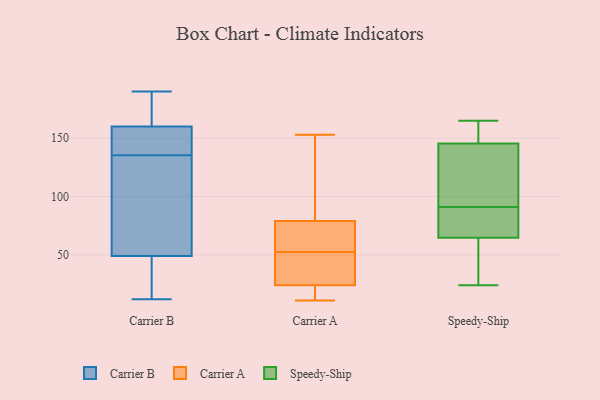
{"axis": {"x": "Budget (USD K)", "y": "Value"}, "legend": ["Carrier A", "Carrier B", "Speedy-Ship"], "data": [{"x": "", "y": 114, "type": "Carrier B"}, {"x": "", "y": 29, "type": "Carrier B"}, {"x": "", "y": 34, "type": "Carrier B"}, {"x": "", "y": 160, "type": "Carrier B"}, {"x": "", "y": 129, "type": "Carrier B"}, {"x": "", "y": 172, "type": "Carrier B"}, {"x": "", "y": 147, "type": "Carrier B"}, {"x": "", "y": 12, "type": "Carrier B"}, {"x": "", "y": 142, "type": "Carrier B"}, {"x": "", "y": 49, "type": "Carrier B"}, {"x": "", "y": 107, "type": "Carrier B"}, {"x": "", "y": 174, "type": "Carrier B"}, {"x": "", "y": 190, "type": "Carrier B"}, {"x": "", "y": 147, "type": "Carrier B"}, {"x": "", "y": 24, "type": "Carrier A"}, {"x": "", "y": 79, "type": "Carrier A"}, {"x": "", "y": 38, "type": "Carrier A"}, {"x": "", "y": 153, "type": "Carrier A"}, {"x": "", "y": 11, "type": "Carrier A"}, {"x": "", "y": 142, "type": "Carrier A"}, {"x": "", "y": 63, "type": "Carrier A"}, {"x": "", "y": 42, "type": "Carrier A"}, {"x": "", "y": 71, "type": "Carrier A"}, {"x": "", "y": 12, "type": "Carrier A"}, {"x": "", "y": 24, "type": "Speedy-Ship"}, {"x": "", "y": 157, "type": "Speedy-Ship"}, {"x": "", "y": 73, "type": "Speedy-Ship"}, {"x": "", "y": 165, "type": "Speedy-Ship"}, {"x": "", "y": 111, "type": "Speedy-Ship"}, {"x": "", "y": 91, "type": "Speedy-Ship"}, {"x": "", "y": 162, "type": "Speedy-Ship"}, {"x": "", "y": 25, "type": "Speedy-Ship"}, {"x": "", "y": 62, "type": "Speedy-Ship"}, {"x": "", "y": 89, "type": "Speedy-Ship"}, {"x": "", "y": 99, "type": "Speedy-Ship"}]}